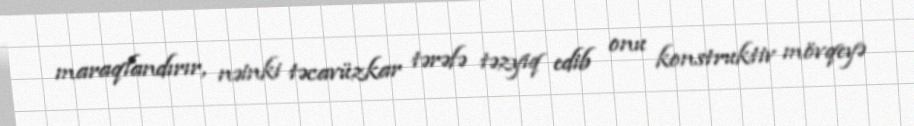
maraqlandırır, nəinki təcavüzkar tərəfə təzyiq edib onu konstruktiv mövqeyə